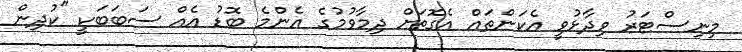
މިނިސްޓަރު ވިދާޅުވީ އެކަންތައް އެގޮތަށް ދިމާވުމުގެ އެންމެ ބޮޑު އެއް ސަބަބަކީ "ކުދިން